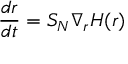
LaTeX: { \frac { d { \boldsymbol { r } } } { d t } } = S _ { N } \nabla _ { \boldsymbol { r } } H ( { \boldsymbol { r } } )